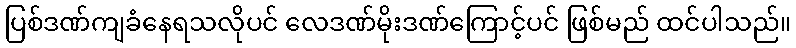
ပြစ်ဒဏ်ကျခံနေရသလိုပင် လေဒဏ်မိုးဒဏ်ကြောင့်ပင် ဖြစ်မည် ထင်ပါသည်။